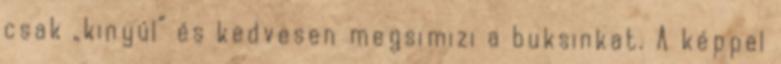
csak „kinyúl” és kedvesen megsimizi a buksinkat. A képpel